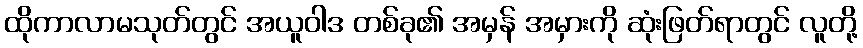
ထိုကာလာမသုတ်တွင် အယူဝါဒ တစ်ခု၏ အမှန် အမှားကို ဆုံးဖြတ်ရာတွင် လူတို့